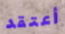
أعتقد